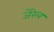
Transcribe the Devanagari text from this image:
जेरेल